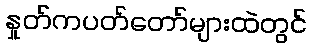
နှုတ်ကပတ်တော်များထဲတွင်